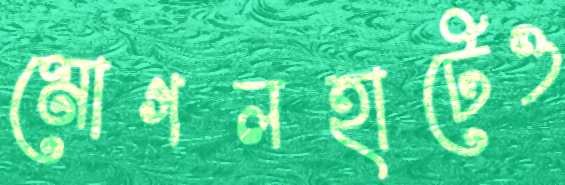
মোগলহাটেও